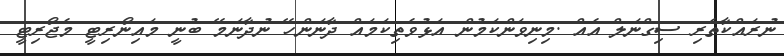
ނުރައްކާތެރި ސިގްނަލް އެއް .މިނިވަންކަމުން އަޅުވެތިކަމައް ދާނަންހޭ ނުދާނަމޭ ބުނީ މައިނޯރިޓީ މެޖޯރިޓީ